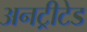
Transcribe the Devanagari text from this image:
अनट्रीटेड